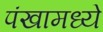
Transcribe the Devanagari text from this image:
पंखामध्ये